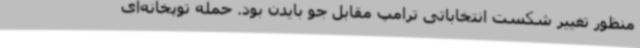
منظور تغییر شکست انتخاباتی ترامپ مقابل جو بایدن بود. حمله توپخانه‌ای